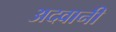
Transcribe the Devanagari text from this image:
अदवानी